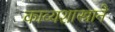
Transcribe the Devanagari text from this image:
काव्यशास्त्राने